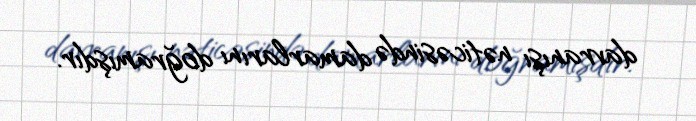
davranışı nəticəsində damarlarını doğramışdır.